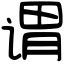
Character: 谓